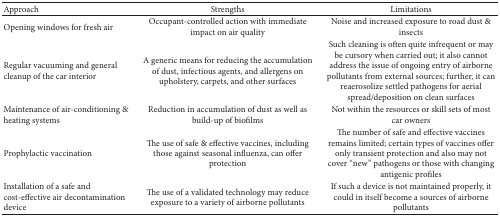
| Approach | Strengths | Limitations |
 | --- | --- | --- |
 | Opening windows for fresh air | Occupant-controlled action with immediate impact on air quality | Noise and increased exposure to road dust & insects |
 | Regular vacuuming and general cleanup of the car interior | A generic means for reducing the accumulation of dust, infectious agents, and allergens on upholstery, carpets, and other surfaces | Such cleaning is often quite infrequent or may be cursory when carried out; it also cannot address the issue of ongoing entry of airborne pollutants from external sources; further, it can reaerosolize settled pathogens for aerial spread/deposition on clean surfaces |
 | Maintenance of air-conditioning & heating systems | Reduction in accumulation of dust as well as build-up of biofilms | Not within the resources or skill sets of most car owners |
 | Prophylactic vaccination | The use of safe & effective vaccines, including those against seasonal influenza, can offer protection | The number of safe and effective vaccines remains limited; certain types of vaccines offer only transient protection and also may not cover “new” pathogens or those with changing antigenic profiles |
 | Installation of a safe and cost-effective air decontamination device | The use of a validated technology may reduce exposure to a variety of airborne pollutants | If such a device is not maintained properly, it could in itself become a sources of airborne pollutants |